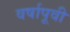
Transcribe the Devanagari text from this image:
वर्षापूवी